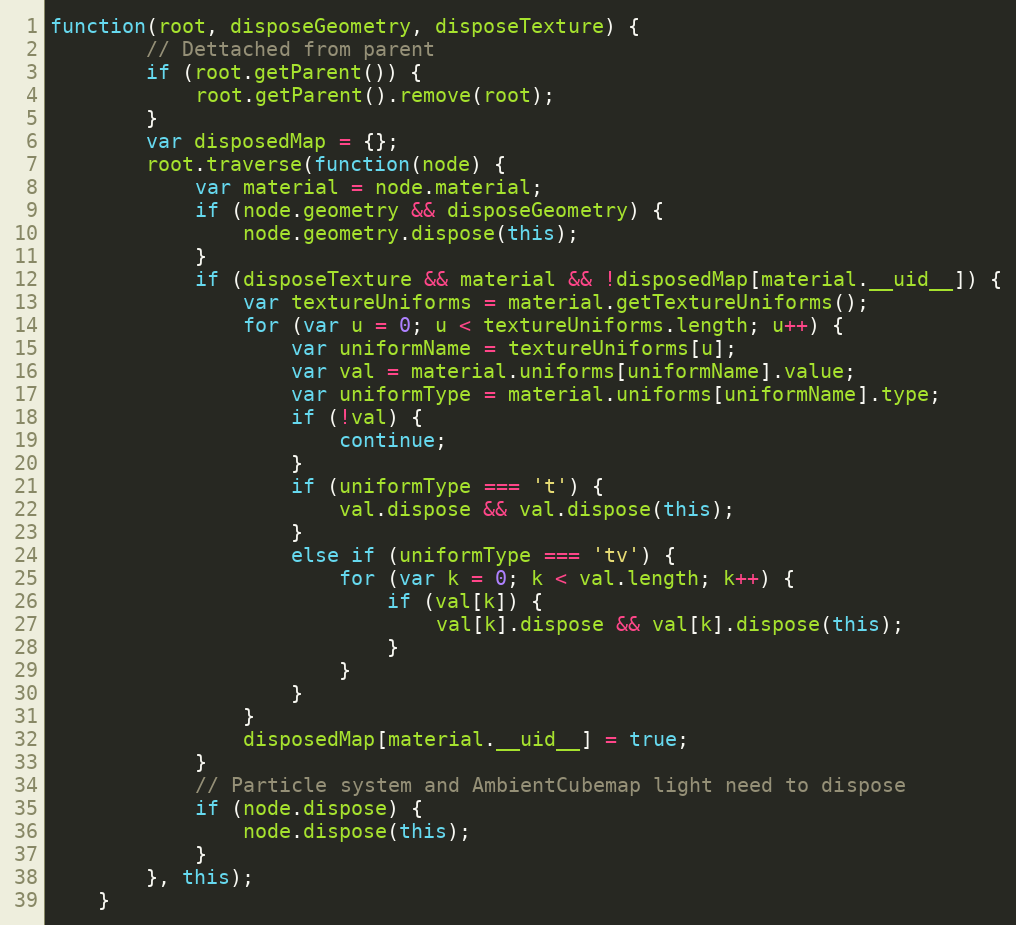
Language: JavaScript
function(root, disposeGeometry, disposeTexture) {
        // Dettached from parent
        if (root.getParent()) {
            root.getParent().remove(root);
        }
        var disposedMap = {};
        root.traverse(function(node) {
            var material = node.material;
            if (node.geometry && disposeGeometry) {
                node.geometry.dispose(this);
            }
            if (disposeTexture && material && !disposedMap[material.__uid__]) {
                var textureUniforms = material.getTextureUniforms();
                for (var u = 0; u < textureUniforms.length; u++) {
                    var uniformName = textureUniforms[u];
                    var val = material.uniforms[uniformName].value;
                    var uniformType = material.uniforms[uniformName].type;
                    if (!val) {
                        continue;
                    }
                    if (uniformType === 't') {
                        val.dispose && val.dispose(this);
                    }
                    else if (uniformType === 'tv') {
                        for (var k = 0; k < val.length; k++) {
                            if (val[k]) {
                                val[k].dispose && val[k].dispose(this);
                            }
                        }
                    }
                }
                disposedMap[material.__uid__] = true;
            }
            // Particle system and AmbientCubemap light need to dispose
            if (node.dispose) {
                node.dispose(this);
            }
        }, this);
    }